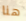
هنا